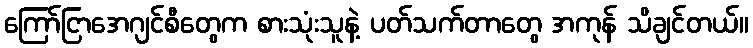
ကြော်ငြာအေဂျင်စီတွေက စားသုံးသူနဲ့ ပတ်သက်တာတွေ အကုန် သိချင်တယ်။